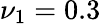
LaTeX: \nu_{1}=0.3